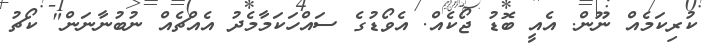
ކުރިކަމެއް ނޫން. އެއީ ބޮޑު ޖޯކެއް. އެވޯޑުގެ ސައްހަކަމާމެދު އެއްޗެއް ނުބުނާނަން" ކޯޗު